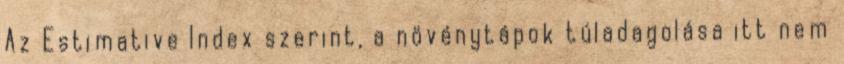
Az Estimative Index szerint, a növénytápok túladagolása itt nem